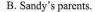
B. Sandy's parents.